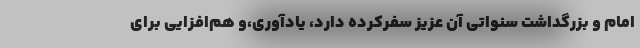
امام و بزرگداشت سنواتی آن عزیز سفرکرده دارد، یادآوری،و هم‌افزایی برای